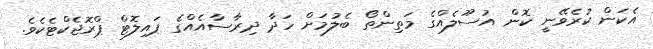
އެކަން ކުރެވޭނީ ކޮން އުސޫލެއްގެ މަތިންތޯ ބެލުމަށް ހަދާ ދިރާސާއެއްގެ ޕައިލޮޓް ޕްރޮޖެކްޓެކެވެ.